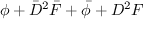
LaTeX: \phi + \bar { D } ^ { 2 } \bar { F } + \bar { \phi } + D ^ { 2 } F